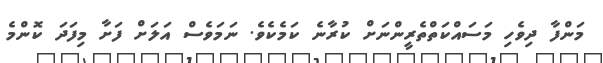
މަންފާ ދިވެހި މަސައްކަތްތެރީންނަށް ކުރާނެ ކަމެކެވެ. ނަމަވެސް އަލަށް ފަށާ މިފަދަ ކޮންމެ